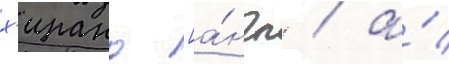
х'ирано [а́нгл. / а́